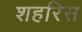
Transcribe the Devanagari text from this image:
शहरिस